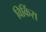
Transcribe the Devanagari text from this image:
विकिंस